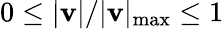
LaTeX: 0\leq\lvert\mathbf{v}\rvert/\lvert\mathbf{v}\rvert_{\mathrm{max}}\leq 1